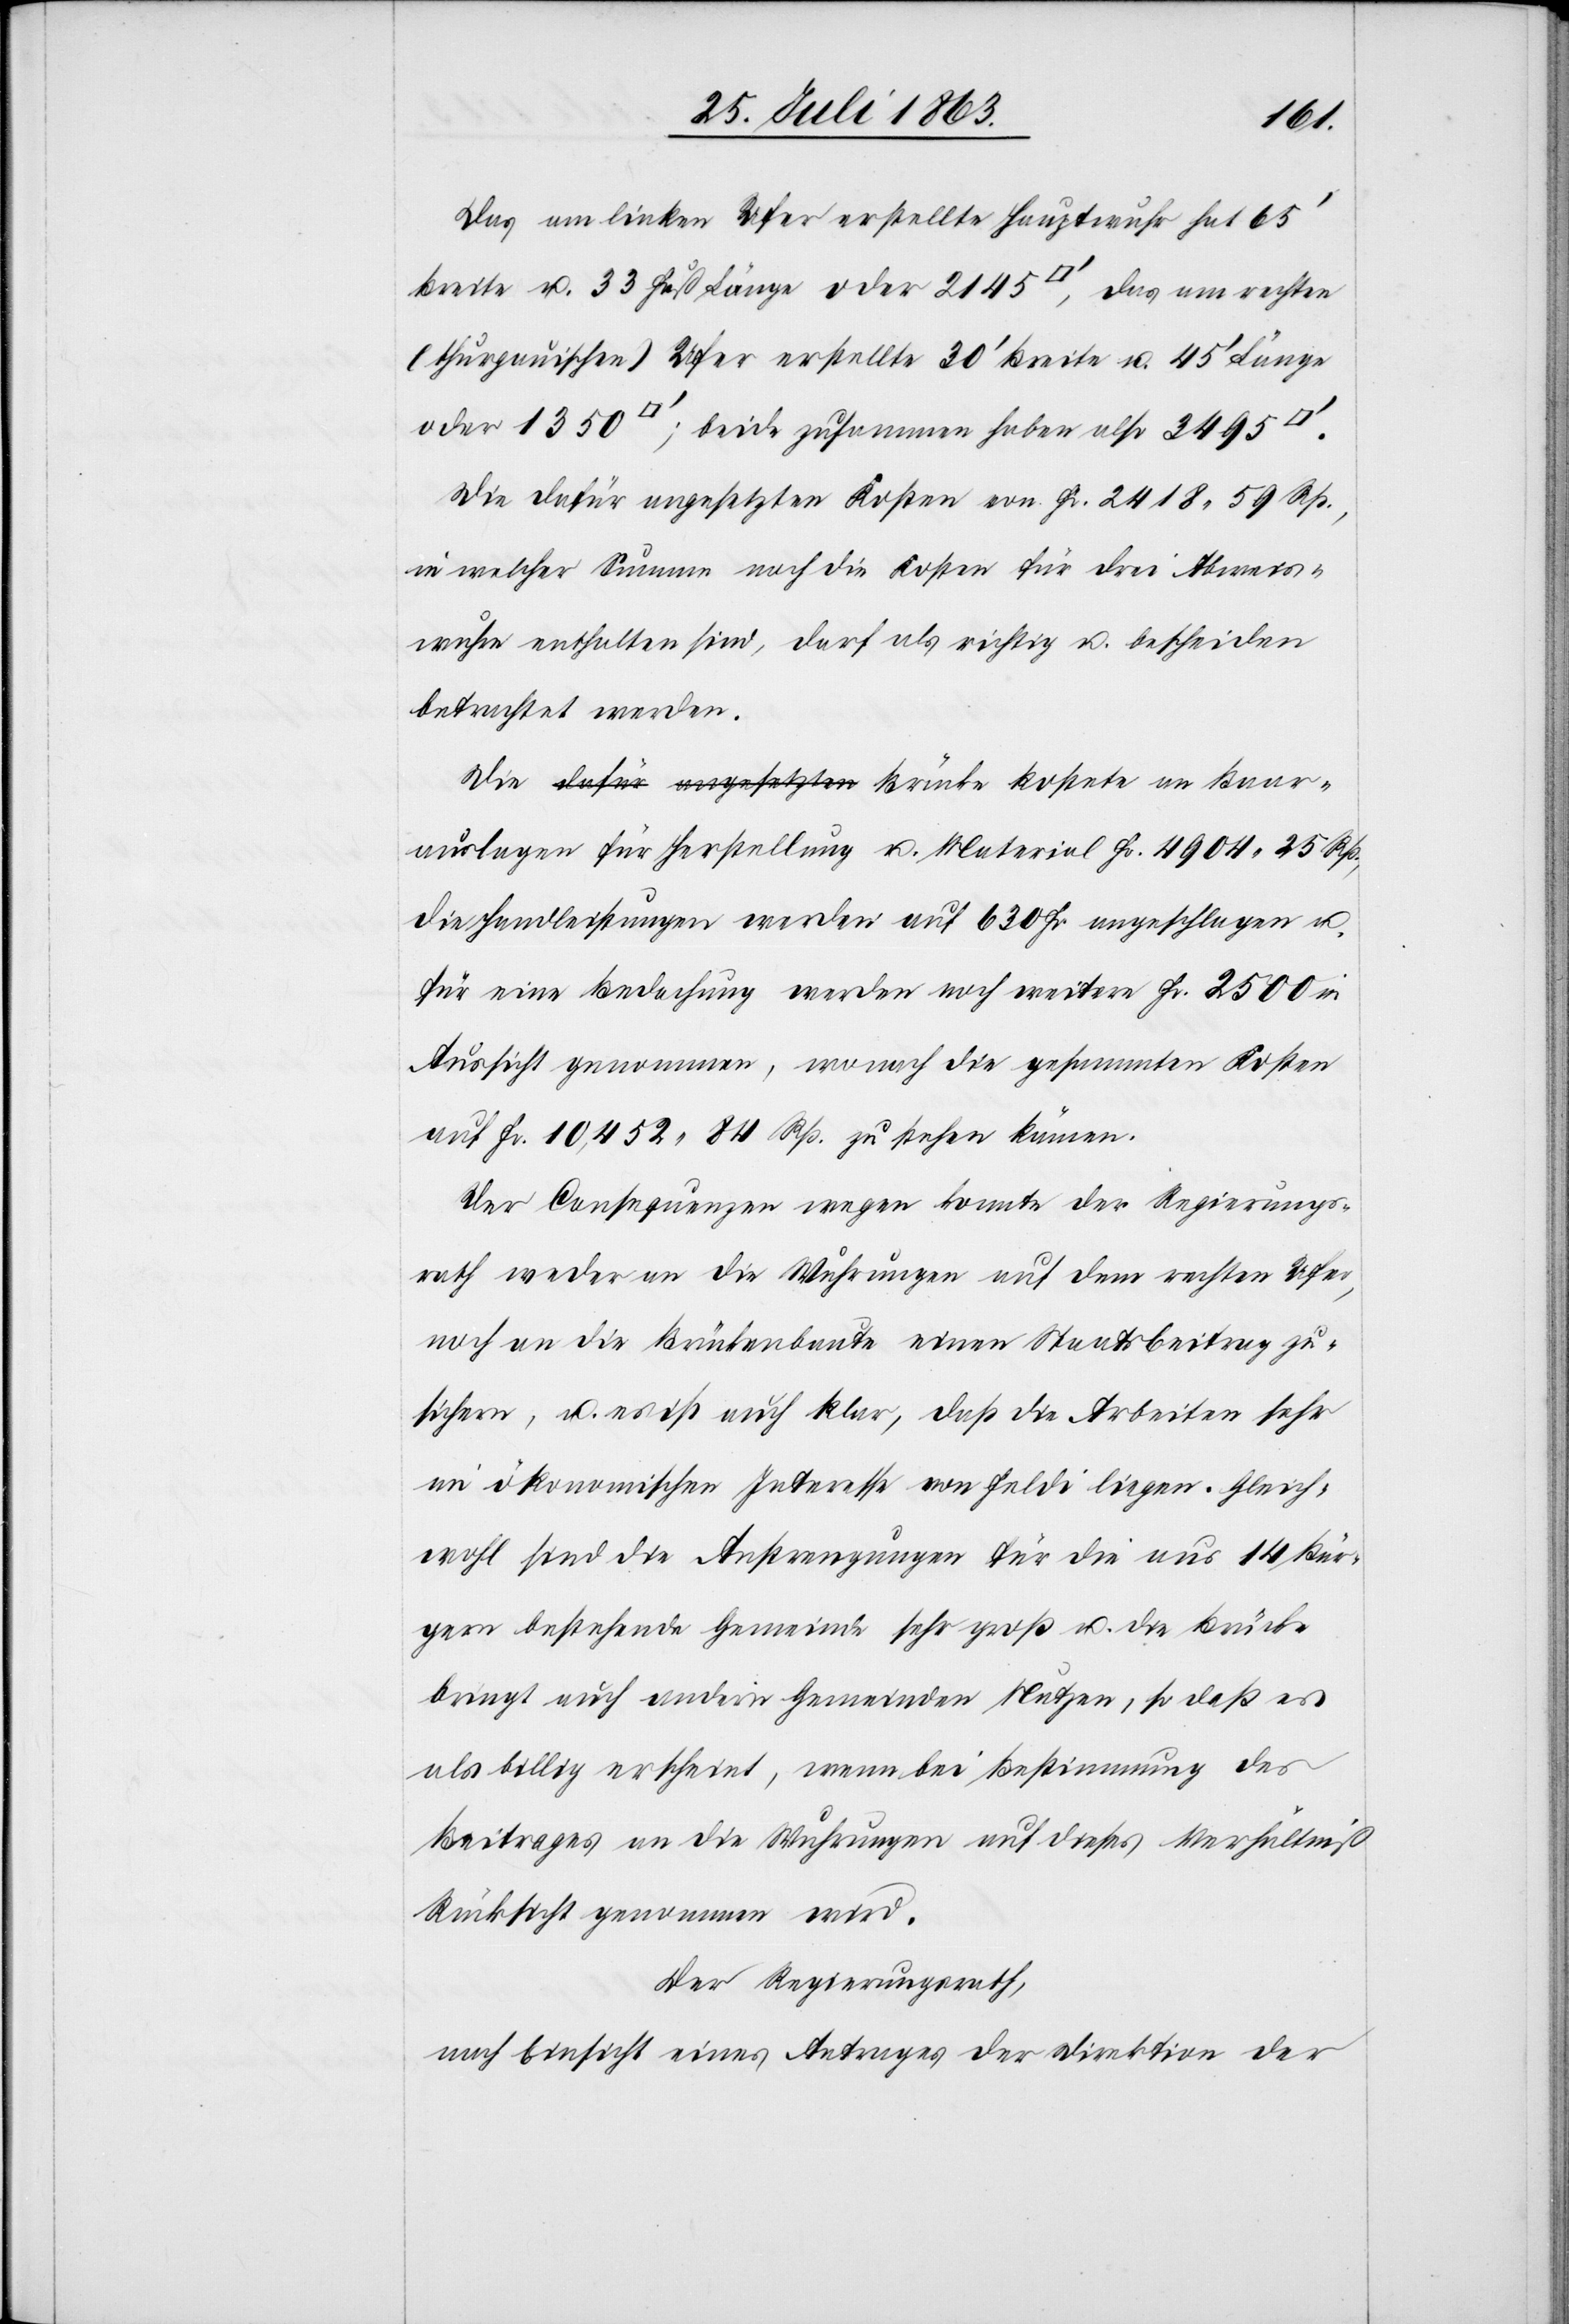
Baar¬
Das am linken Ufer erstellte Hauptwuhr hat 65'
Breite u. 33 Fuß Länge oder 2145 [Quadratfuss], das am rechten
(thurgauischen) Ufer erstellte 30' Breite u. 45' Länge
oder 1350 [Quadratfuss]; beide zusammen haben also 3495
Die dafür angesetzten Kosten von Fr. 2418. 59 Rp.,
in welcher Summe noch die Kosten für drei Abweis¬
wuhre enthalten sind, darf als richtig u. bescheiden
betrachtet werden.
auslagen für Herstellung u. Material Fr. 4904. 25 Rp.,
die Handleistungen werden auf 630 Fr. angeschlagen u.
für eine Bedachung werden noch weitere Fr. 2500 in
Aussicht genommen, wonach die gesammten Kosten
auf Fr. 10,452. 84 Rp. zu stehen kämen.
Der Consequenzen wegen konnte der Regierungs¬
rath weder an die Wuhrungen auf dem rechten Ufer,
noch an die Brückenbaute einen Staatsbeitrag zu¬
sichern, u. es ist auch klar, daß die Arbeiten sehr
im ökonomischen Interesse von Feldi liegen. Gleich¬
wohl sind die Anstrengungen für die aus 14 Bür¬
gern bestehende Gemeinde sehr groß u. die Brücke
bringt auch andern Gemeinden Nutzen, so daß es
als billig erscheint, wenn bei Bestimmung des
Beitrages an die Wuhrungen auf dieses Verhältniß
Rücksicht genommen wird.
Der Regierungsrath,
nach Einsicht eines Antrages der Direktion der